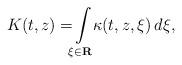
LaTeX: \begin{align*} K ( t , z ) = \! \! \int \limits _ { \xi \in \mathbf R } \! \! \kappa ( t , z , \xi ) \, d \xi ,\end{align*}